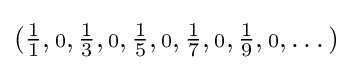
({\tfrac {1}{1}},{\scriptstyle {\text{0}}},{\tfrac {1}{3}},{\scriptstyle {\text{0}}},{\tfrac {1}{5}},{\scriptstyle {\text{0}}},{\tfrac {1}{7}},{\scriptstyle {\text{0}}},{\tfrac {1}{9}},{\scriptstyle {\text{0}}},\dots )